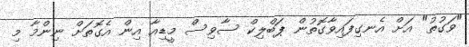
"ވަގުތު" އަށް އެނގިފައިވާގޮތުން ޕަބްލިކް ސާވިސް މީޑިއާ އިން އެގޮތަށް ނިންމާ މި